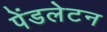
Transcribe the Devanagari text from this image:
पेंडलेटन